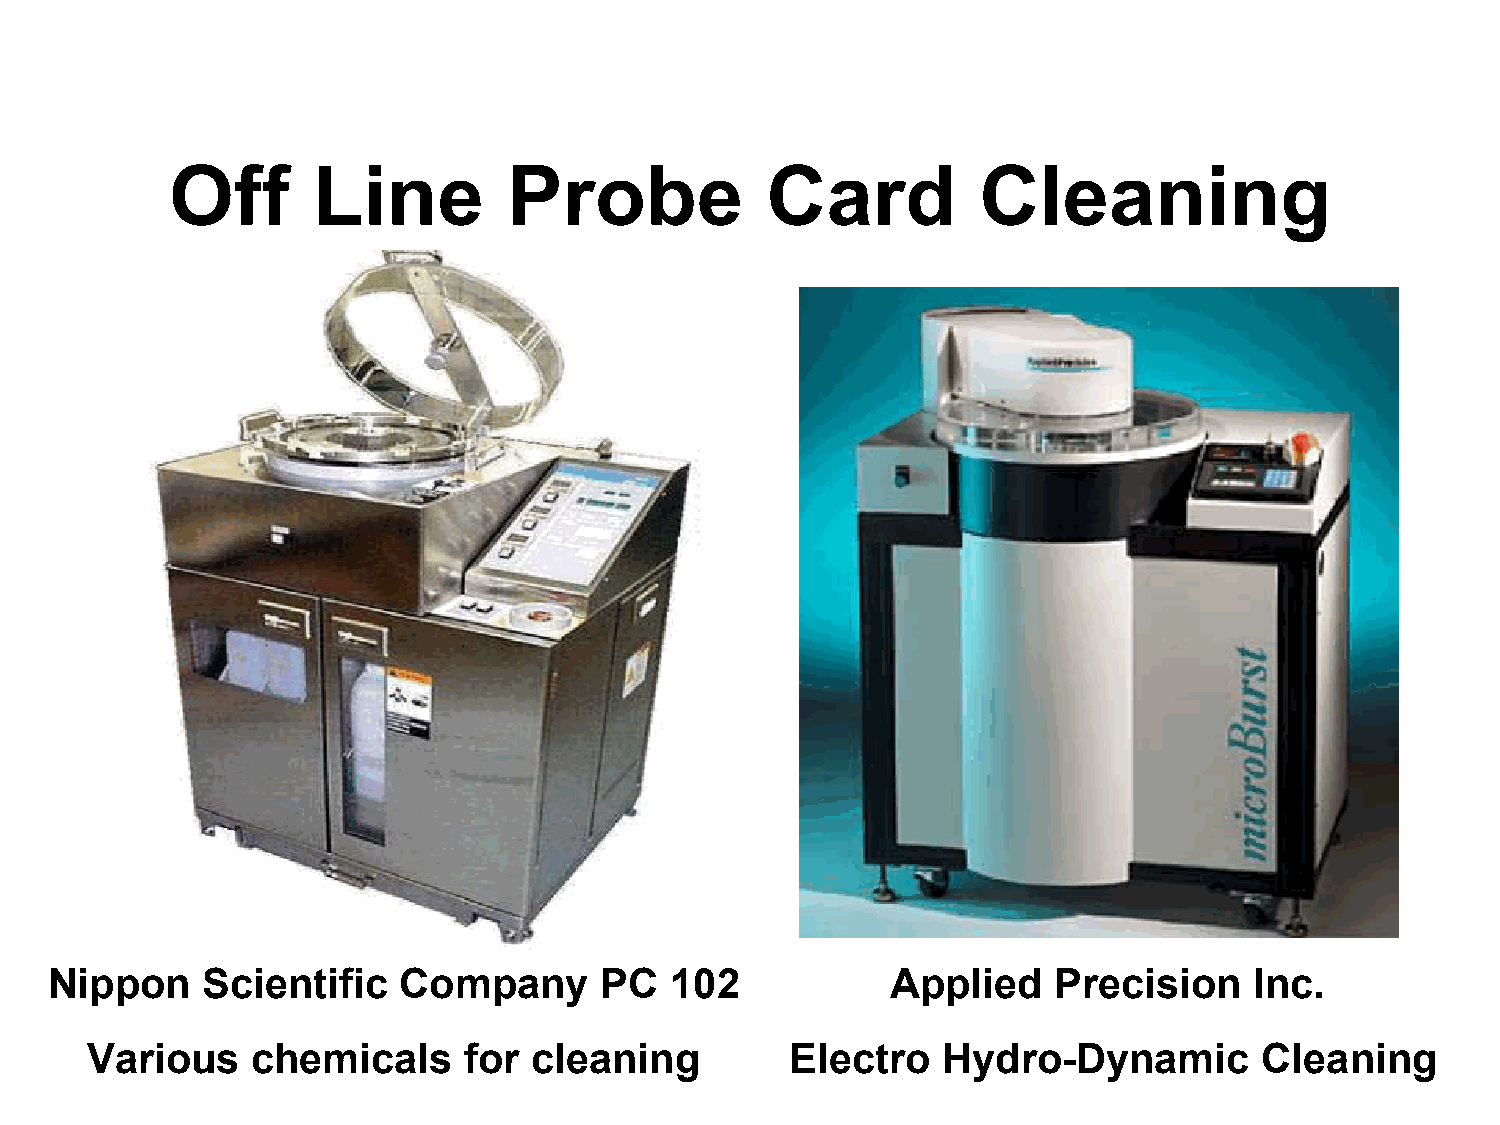
Off       Line         Probe            Card          Cleaning
 Nippon    Scientific   Company       PC  102            Applied    Precision    Inc.
 Various    chemicals     for cleaning         Electro   Hydro-Dynamic        Cleaning